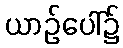
ယာဉ်ပေါ်၌